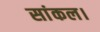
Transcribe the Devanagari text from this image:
सांकल।